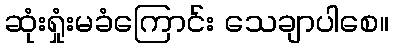
ဆုံးရှုံးမခံကြောင်း သေချာပါစေ။